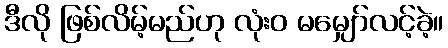
ဒီလို ဖြစ်လိမ့်မည်ဟု လုံးဝ မမျှော်လင့်ခဲ့။